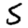
Digit: 5